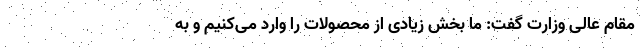
مقام عالی وزارت گفت: ما بخش زیادی از محصولات را وارد می‌کنیم و به